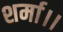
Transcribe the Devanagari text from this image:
शर्मा।।